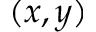
( x , y )